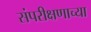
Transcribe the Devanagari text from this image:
संपरीक्षणाच्या